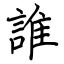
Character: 誰